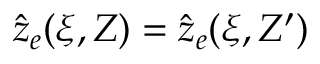
\hat { z } _ { e } ( \xi , Z ) = \hat { z } _ { e } ( \xi , Z ^ { \prime } )